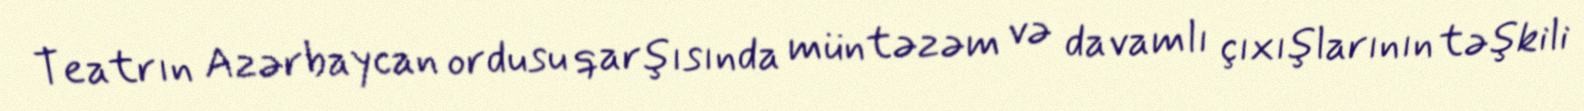
Teatrın Azərbaycan ordusu qarşısında müntəzəm və davamlı çıxışlarının təşkili